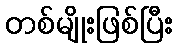
တစ်မျိုးဖြစ်ပြီး